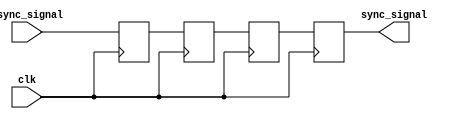
module cascade_synchronizer (
    input wire clk,
    input wire async_signal,
    output reg sync_signal
);

reg [3:0] ff1, ff2, ff3;

always @ (posedge clk) begin
    ff1 <= async_signal;
    ff2 <= ff1;
    ff3 <= ff2;
    sync_signal <= ff3;
end

endmodule